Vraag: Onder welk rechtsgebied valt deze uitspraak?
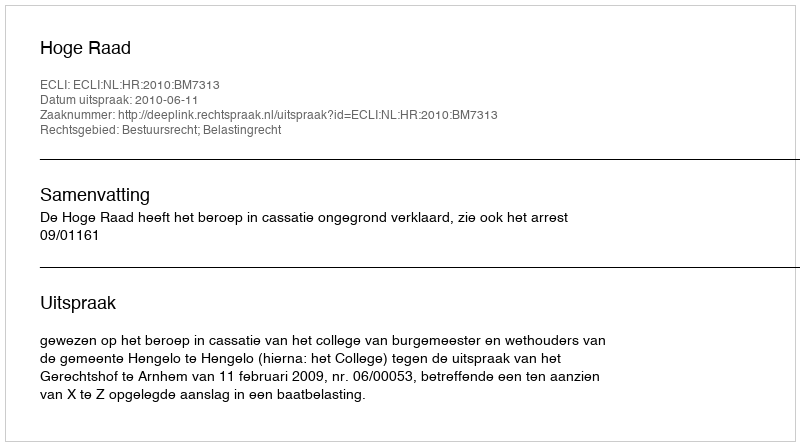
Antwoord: Bestuursrecht; Belastingrecht